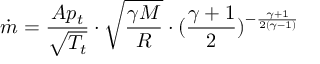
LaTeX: { \dot { m } } = { \frac { A p _ { t } } { \sqrt { T _ { t } } } } \cdot { \sqrt { \frac { \gamma M } { R } } } \cdot ( { \frac { \gamma + 1 } { 2 } } ) ^ { - { \frac { \gamma + 1 } { 2 ( \gamma - 1 ) } } }